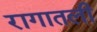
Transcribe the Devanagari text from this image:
रागातली